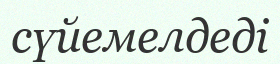
сүйемелдеді